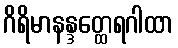
ဂိရိမာနန္ဒတ္ထေရဂါထာ